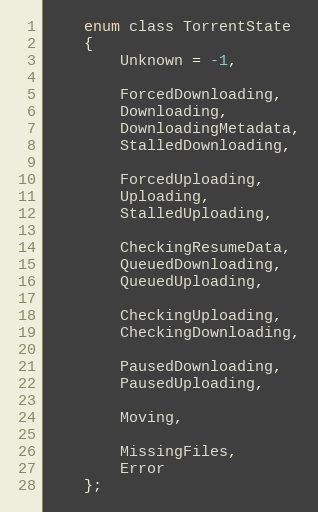
Language: C
    enum class TorrentState
    {
        Unknown = -1,

        ForcedDownloading,
        Downloading,
        DownloadingMetadata,
        StalledDownloading,

        ForcedUploading,
        Uploading,
        StalledUploading,

        CheckingResumeData,
        QueuedDownloading,
        QueuedUploading,

        CheckingUploading,
        CheckingDownloading,

        PausedDownloading,
        PausedUploading,

        Moving,

        MissingFiles,
        Error
    };